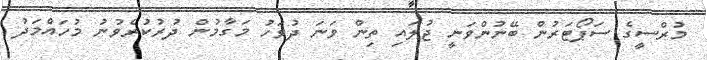
މުރްސީގެ ސަޕޯޓަރުން ބޭނުންވަނީ ޖުލައި ތިން ވަނަ ދުވަހު މަގާމުން ދުރުކުރެވުނު މުހައްމަދު